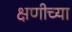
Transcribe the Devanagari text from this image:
क्षणीच्या